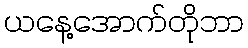
ယနေ့အောက်တိုဘာ